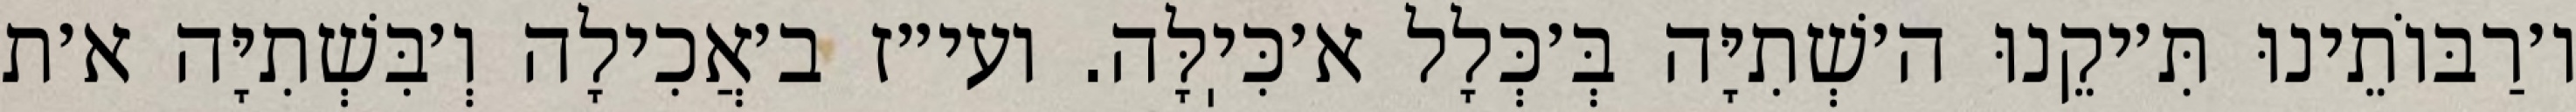
ו׳רַבּוֹתֵינוּ תִּ׳יקֵנוּ ה׳שְׁתִיָּה בְּ׳כְּלָל א׳כִּיֽלָּה. ועי״ז ב׳אֲכִילָה וְ׳בִּשְׁתִיָּה א׳ת